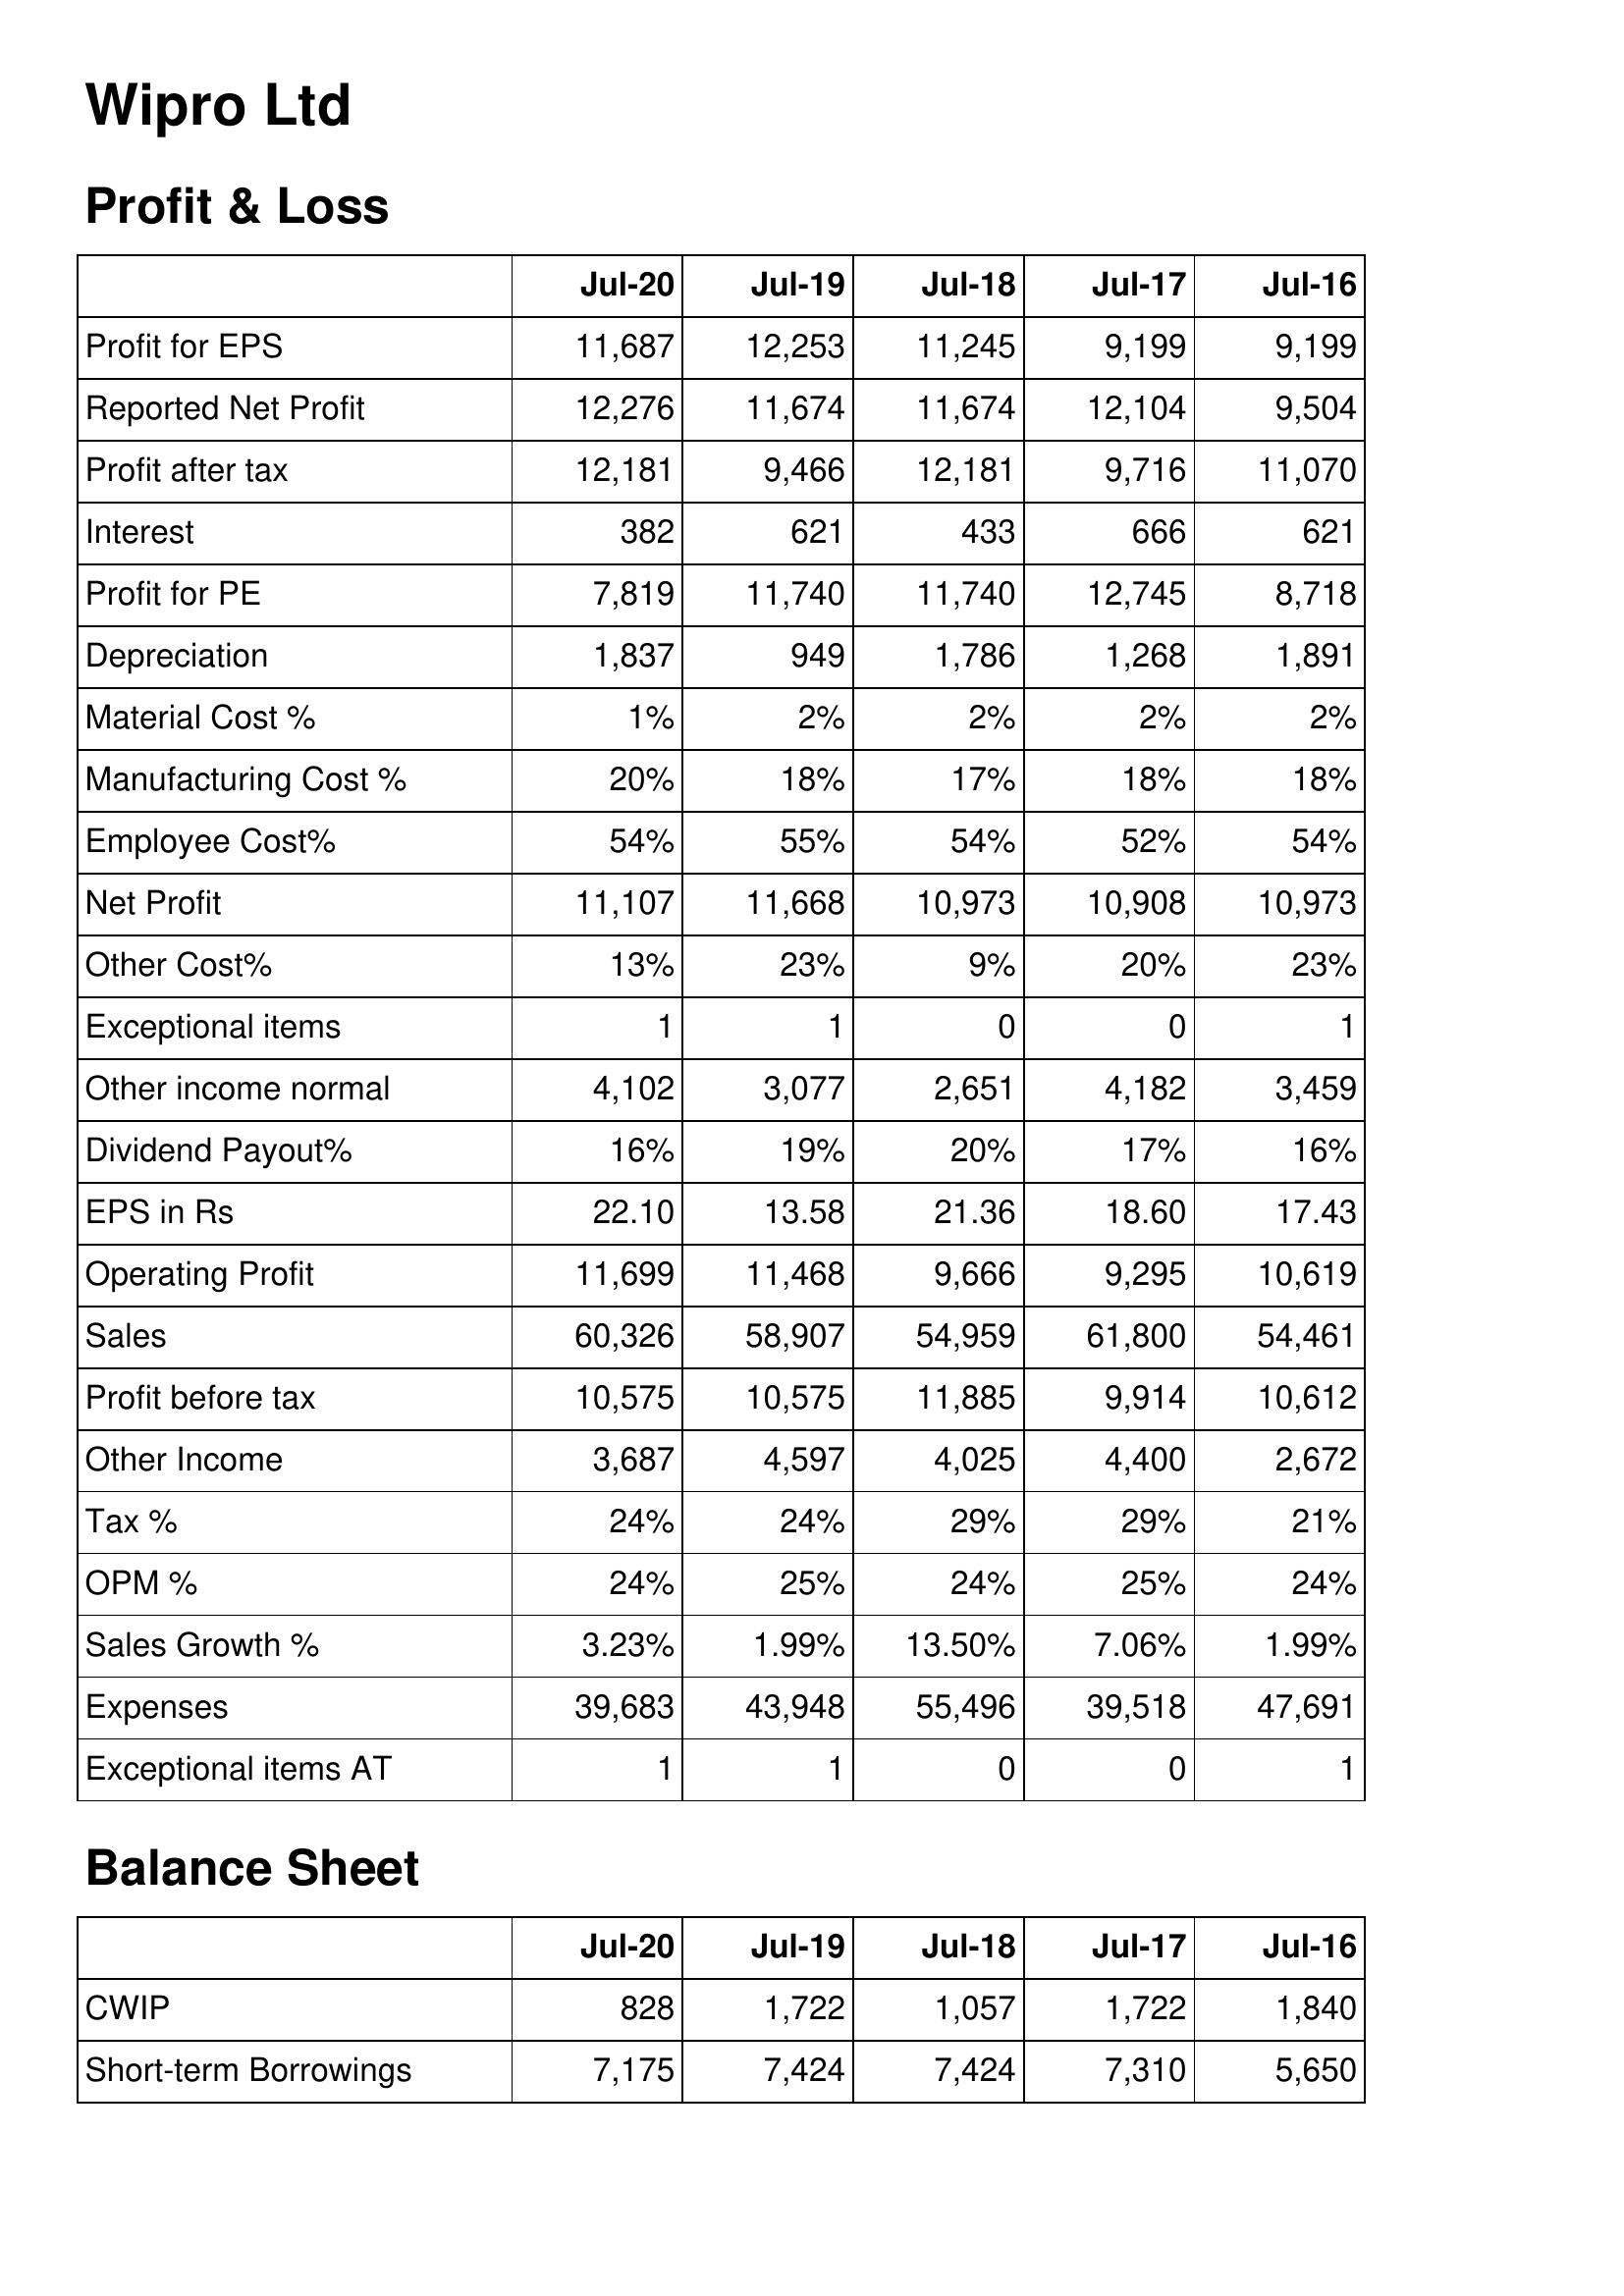
Jul-20: Profit & Loss: Profit for EPS: 11,687
Reported Net Profit: 12,276
Profit after tax: 12,181
Interest: 382
Profit for PE: 7,819
Depreciation: 1,837
Material Cost %: 1%
Manufacturing Cost %: 20%
Employee Cost%: 54%
Net Profit: 11,107
Other Cost%: 13%
Exceptional items: 1
Other income normal: 4,102
Dividend Payout%: 16%
EPS in Rs: 22.10
Operating Profit: 11,699
Sales: 60,326
Profit before tax: 10,575
Other Income: 3,687
Tax %: 24%
OPM %: 24%
Sales Growth %: 3.23%
Expenses: 39,683
Exceptional items AT: 1
Balance Sheet: CWIP: 828
Short-term Borrowings: 7,175
Jul-19: Profit & Loss: Profit for EPS: 12,253
Reported Net Profit: 11,674
Profit after tax: 9,466
Interest: 621
Profit for PE: 11,740
Depreciation: 949
Material Cost %: 2%
Manufacturing Cost %: 18%
Employee Cost%: 55%
Net Profit: 11,668
Other Cost%: 23%
Exceptional items: 1
Other income normal: 3,077
Dividend Payout%: 19%
EPS in Rs: 13.58
Operating Profit: 11,468
Sales: 58,907
Profit before tax: 10,575
Other Income: 4,597
Tax %: 24%
OPM %: 25%
Sales Growth %: 1.99%
Expenses: 43,948
Exceptional items AT: 1
Balance Sheet: CWIP: 1,722
Short-term Borrowings: 7,424
Jul-18: Profit & Loss: Profit for EPS: 11,245
Reported Net Profit: 11,674
Profit after tax: 12,181
Interest: 433
Profit for PE: 11,740
Depreciation: 1,786
Material Cost %: 2%
Manufacturing Cost %: 17%
Employee Cost%: 54%
Net Profit: 10,973
Other Cost%: 9%
Exceptional items: 0
Other income normal: 2,651
Dividend Payout%: 20%
EPS in Rs: 21.36
Operating Profit: 9,666
Sales: 54,959
Profit before tax: 11,885
Other Income: 4,025
Tax %: 29%
OPM %: 24%
Sales Growth %: 13.50%
Expenses: 55,496
Exceptional items AT: 0
Balance Sheet: CWIP: 1,057
Short-term Borrowings: 7,424
Jul-17: Profit & Loss: Profit for EPS: 9,199
Reported Net Profit: 12,104
Profit after tax: 9,716
Interest: 666
Profit for PE: 12,745
Depreciation: 1,268
Material Cost %: 2%
Manufacturing Cost %: 18%
Employee Cost%: 52%
Net Profit: 10,908
Other Cost%: 20%
Exceptional items: 0
Other income normal: 4,182
Dividend Payout%: 17%
EPS in Rs: 18.60
Operating Profit: 9,295
Sales: 61,800
Profit before tax: 9,914
Other Income: 4,400
Tax %: 29%
OPM %: 25%
Sales Growth %: 7.06%
Expenses: 39,518
Exceptional items AT: 0
Balance Sheet: CWIP: 1,722
Short-term Borrowings: 7,310
Jul-16: Profit & Loss: Profit for EPS: 9,199
Reported Net Profit: 9,504
Profit after tax: 11,070
Interest: 621
Profit for PE: 8,718
Depreciation: 1,891
Material Cost %: 2%
Manufacturing Cost %: 18%
Employee Cost%: 54%
Net Profit: 10,973
Other Cost%: 23%
Exceptional items: 1
Other income normal: 3,459
Dividend Payout%: 16%
EPS in Rs: 17.43
Operating Profit: 10,619
Sales: 54,461
Profit before tax: 10,612
Other Income: 2,672
Tax %: 21%
OPM %: 24%
Sales Growth %: 1.99%
Expenses: 47,691
Exceptional items AT: 1
Balance Sheet: CWIP: 1,840
Short-term Borrowings: 5,650